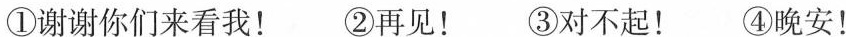
①谢谢你们来看我！ ②再见！ ③对不起！ ④晚安！